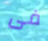
فى